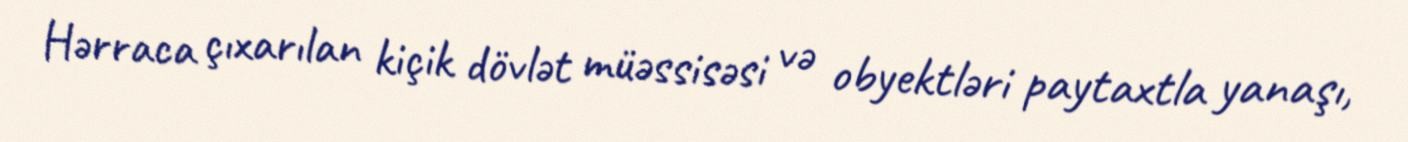
Hərraca çıxarılan kiçik dövlət müəssisəsi və obyektləri paytaxtla yanaşı,